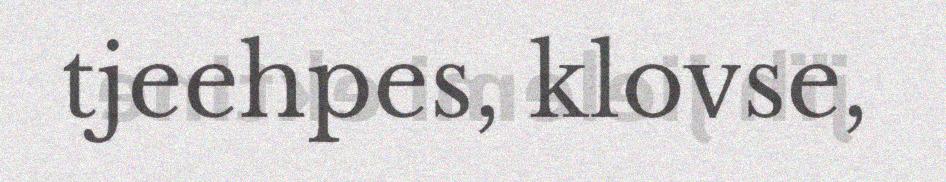
tjeehpes, klovse,